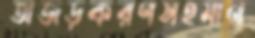
অজড়করণসহমান